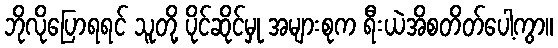
ဘိုလိုပြောရရင် သူတို့ ပိုင်ဆိုင်မှု အများစုက ရီးယဲအိစတိတ်ပေါ့ကွာ။